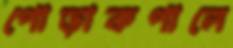
পোড়াকপালে